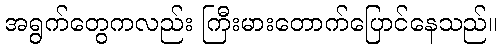
အရွက်တွေကလည်း ကြီးမားတောက်ပြောင်နေသည်။